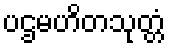
ပဌမဟိတသုတ္တံ